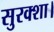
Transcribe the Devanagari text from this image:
सुरक्शा।